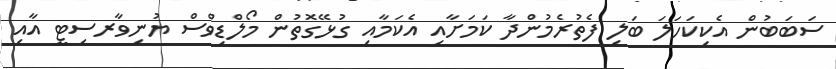
ސަބަބުން އެކިކަހަލަ ބަލި ފެތުރެމުންދާ ކަމަށާއި އެކަމާއި ގުޅޭގޮތުން މޯލްޑިވްސް ޔުނިވާރސިޓީ އާއި